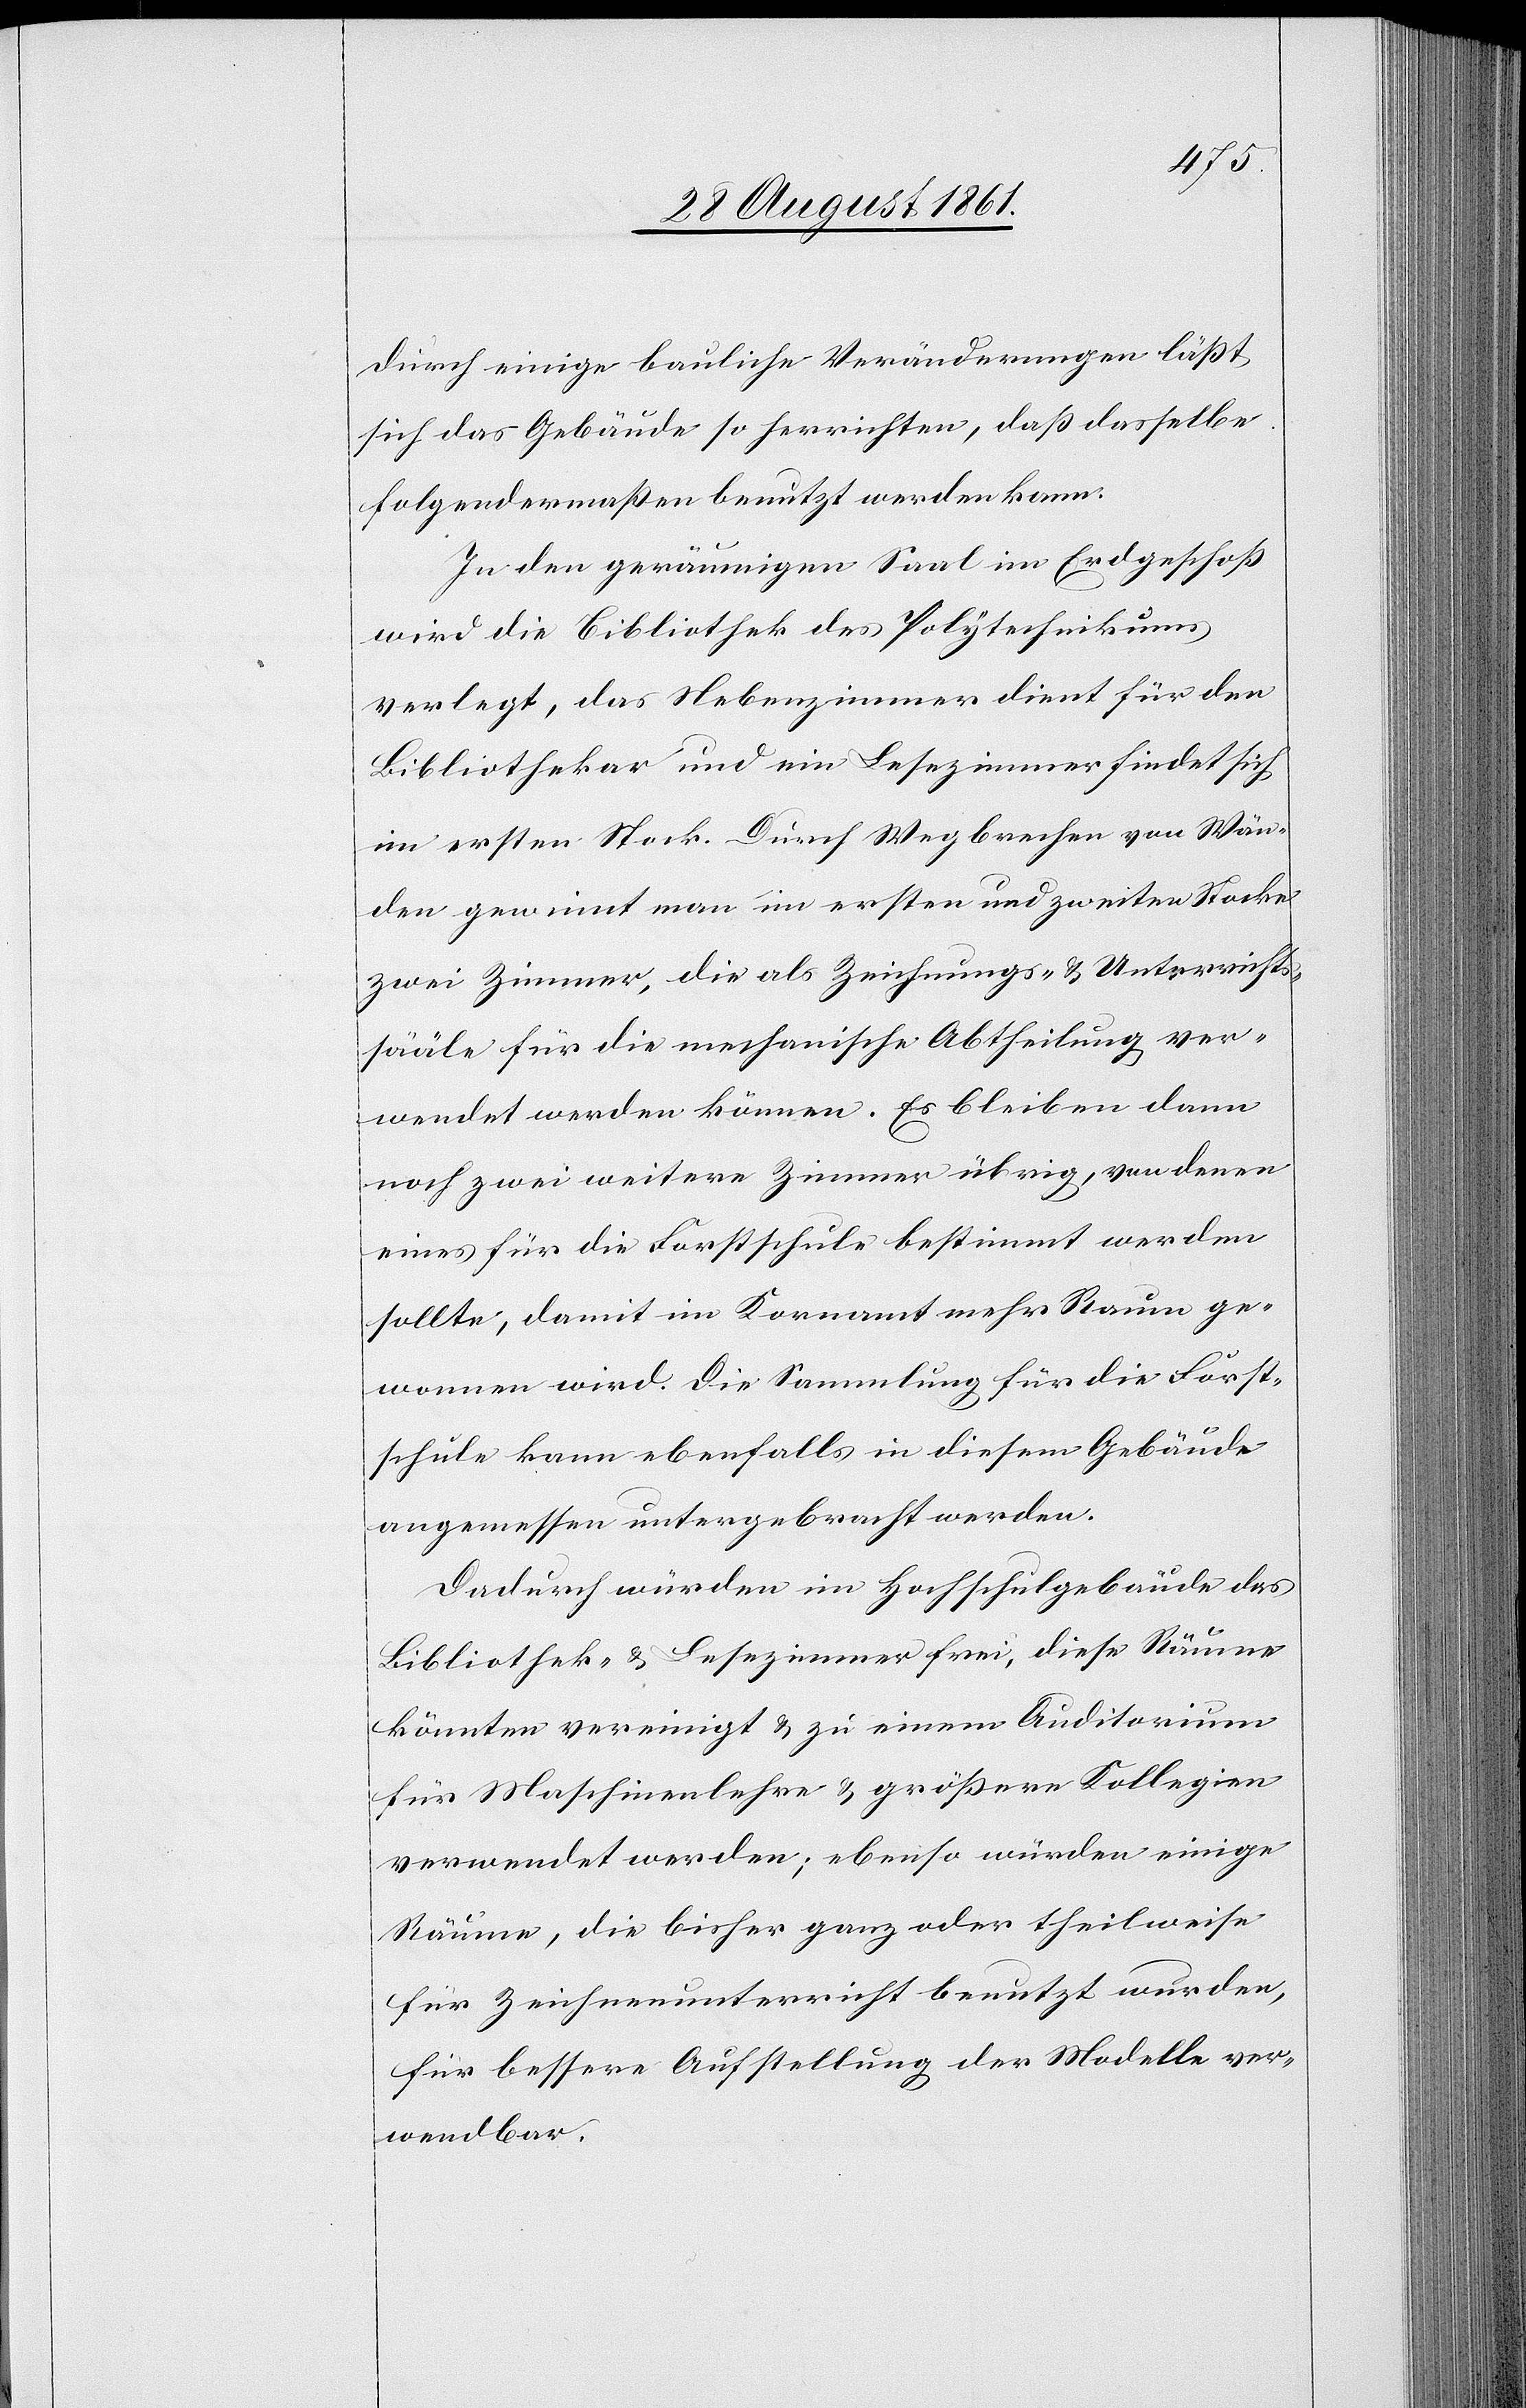
Durch einige bauliche Veränderungen läßt
sich das Gebäude so herrichten, daß dasselbe
folgendermaßen benutzt werden kann.
In den geräumigen Saal im Erdgeschoß
wird die Bibliothek des Polytechnikums
verlegt, das Nebenzimmer dient für den
Bibliothekar und ein Lesezimmer findet sich
im ersten Stock. Durch Wegbrechen von Wän¬
den gewinnt man im ersten und zweiten Stocke
zwei Zimmer, die als Zeichnungs- u. Unterrichts¬
sääle für die mechanische Abtheilung ver¬
wendet werden können. Es bleiben dann
noch zwei weitere Zimmer übrig, von denen
eines für die Forstschule bestimmt werden
sollte, damit im Kornamt mehr Raum ge¬
wonnen wird. Die Sammlung für die Forst¬
schule kann ebenfalls in diesem Gebäude
angemessen untergebracht werden.
Dadurch würden im Hochschulgebäude das
Bibliothek- u. Lesezimmer frei, diese Räume
könnten vereinigt u. zu einem Auditorium
für Maschinenlehre u. größere Kollegien
verwendet werden; ebenso würden einige
Räume, die bisher ganz oder theilweise
für Zeichenunterricht benutzt wurden,
für bessere Aufstellung der Modelle ver¬
wendbar.